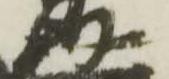
好